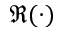
\Re ( \cdot )